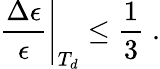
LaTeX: \left.\frac{\Delta\epsilon}{\epsilon}\right|_{T_{d}}\leq\frac{1}{3}\; .